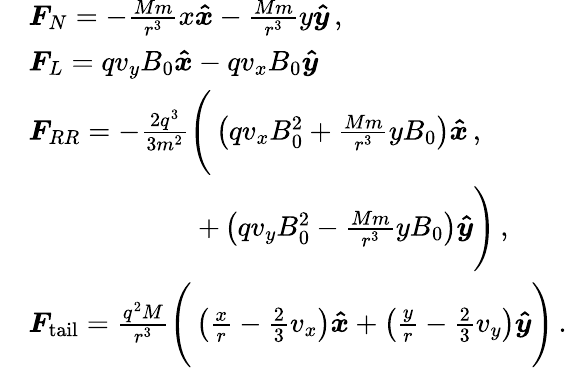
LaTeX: \begin{array}{rl}&{\boldsymbol{F}_{N}=-\frac{Mm}{r^{3}}x\boldsymbol{\hat{x}}-\frac{Mm}{r^{3}}y\boldsymbol{\hat{y}}\, ,}\\ &{\boldsymbol{F}_{L}=qv_{y}B_{0}\boldsymbol{\hat{x}}-qv_{x}B_{0}\boldsymbol{\hat{y}}}\\ &{\boldsymbol{F}_{RR}=-\frac{2q^{3}}{3m^{2}}\Bigg(\left(qv_{x}B_{0}^{2}+\frac{Mm}{r^{3}}yB_{0}\right)\boldsymbol{\hat{x}}\, ,}\\ &{\qquad\qquad\qquad+\left(qv_{y}B_{0}^{2}-\frac{Mm}{r^{3}}yB_{0}\right)\boldsymbol{\hat{y}}\Bigg)\, ,}\\ &{\boldsymbol{F}_{\mathrm{tail}}=\frac{q^{2}M}{r^{3}}\Bigg(\left(\frac{x}{r}-\frac{2}{3}v_{x}\right)\boldsymbol{\hat{x}}+\left(\frac{y}{r}-\frac{2}{3}v_{y}\right)\boldsymbol{\hat{y}}\Bigg)\, .}\end{array}